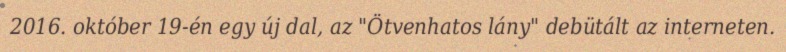
2016. október 19-én egy új dal, az "Ötvenhatos lány" debütált az interneten.